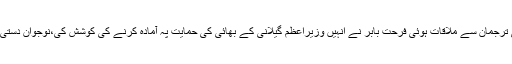
ٹکٹ کا فیصلہ ہونا تھا دستی صاحب کی فرحت اللہ بابر صدارتی ترجمان سے ملاقات ہوئی فرحت بابر نے انہیں وزیراعظم گیلانی کے بھائی کی حمایت پہ آمادہ کرنے کی کوشش کی،نوجوان دستی اسلام آباد سے مایوس و دلبرداشتہ مظفرگڑھ کی طرف روانہ ہوا۔